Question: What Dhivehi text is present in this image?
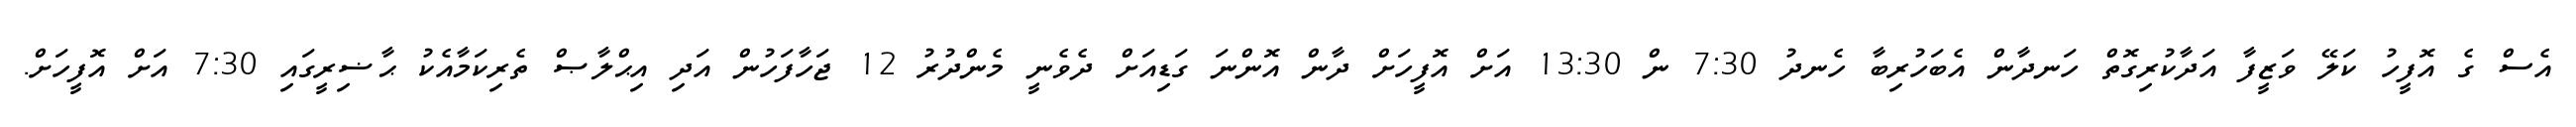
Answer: އެސް ގެ އޮފީހު ކަލޭ ވަޒީފާ އަދާކުރިގޮތް ހަނދާން އެބަހުރިބާ ހެނދު 7:30 ން 13:30 އަށް އޮފީހަށް ދާން އޮންނަ ގަޑިއަށް ދެވެނީ މެންދުރު 12 ޖަހާފަހުން އަދި އިޙްލާޞް ތެރިކަމާއެކު ޙާޟިރީގައި 7:30 އަށް އޮފީހަށް.